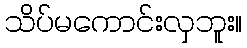
သိပ်မကောင်းလှဘူး။